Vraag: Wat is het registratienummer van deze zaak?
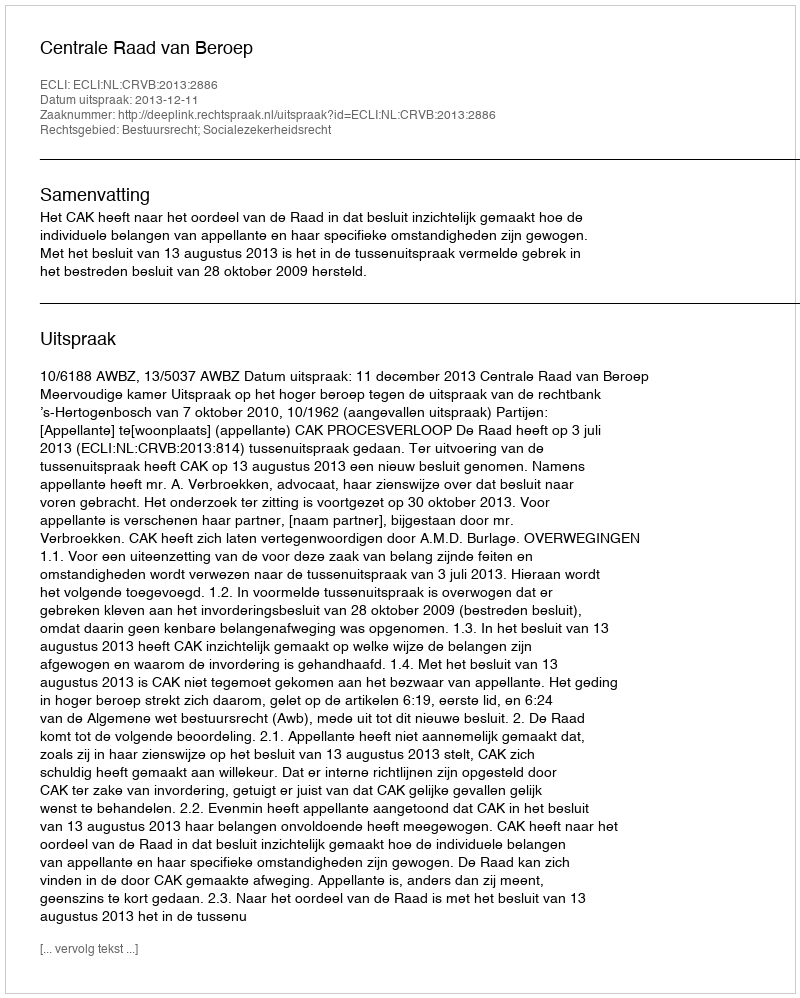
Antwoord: http://deeplink.rechtspraak.nl/uitspraak?id=ECLI:NL:CRVB:2013:2886